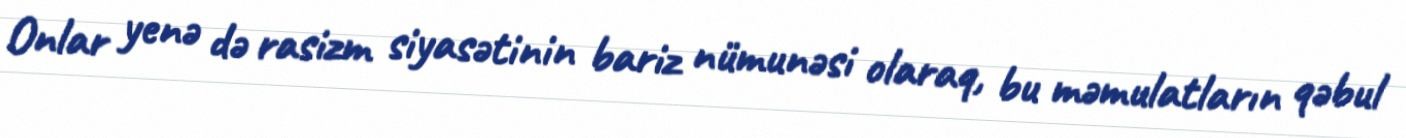
Onlar yenə də rasizm siyasətinin bariz nümunəsi olaraq, bu məmulatların qəbul